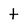
Character: t